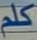
كلم